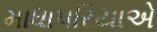
માધાપરિયાએ